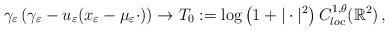
LaTeX: \begin{align*}\gamma_\varepsilon\left(\gamma_\varepsilon-u_\varepsilon(x_\varepsilon-\mu_\varepsilon\cdot) \right)\to T_0:=\log\left(1+|\cdot|^2 \right)C^{1,\theta}_{loc}(\mathbb{R}^2)\,,\end{align*}